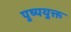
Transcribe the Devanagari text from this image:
पुष्पयुक्त